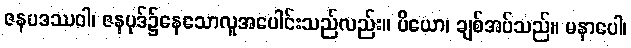
ဇနပဒဿဝါ၊ ဇနပုဒ်၌နေသောလူအပေါင်းသည်လည်း။ ပိယော၊ ချစ်အပ်သည်။ မနာပေါ၊